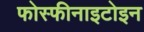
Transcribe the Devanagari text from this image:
फोस्फीनाइटोइन